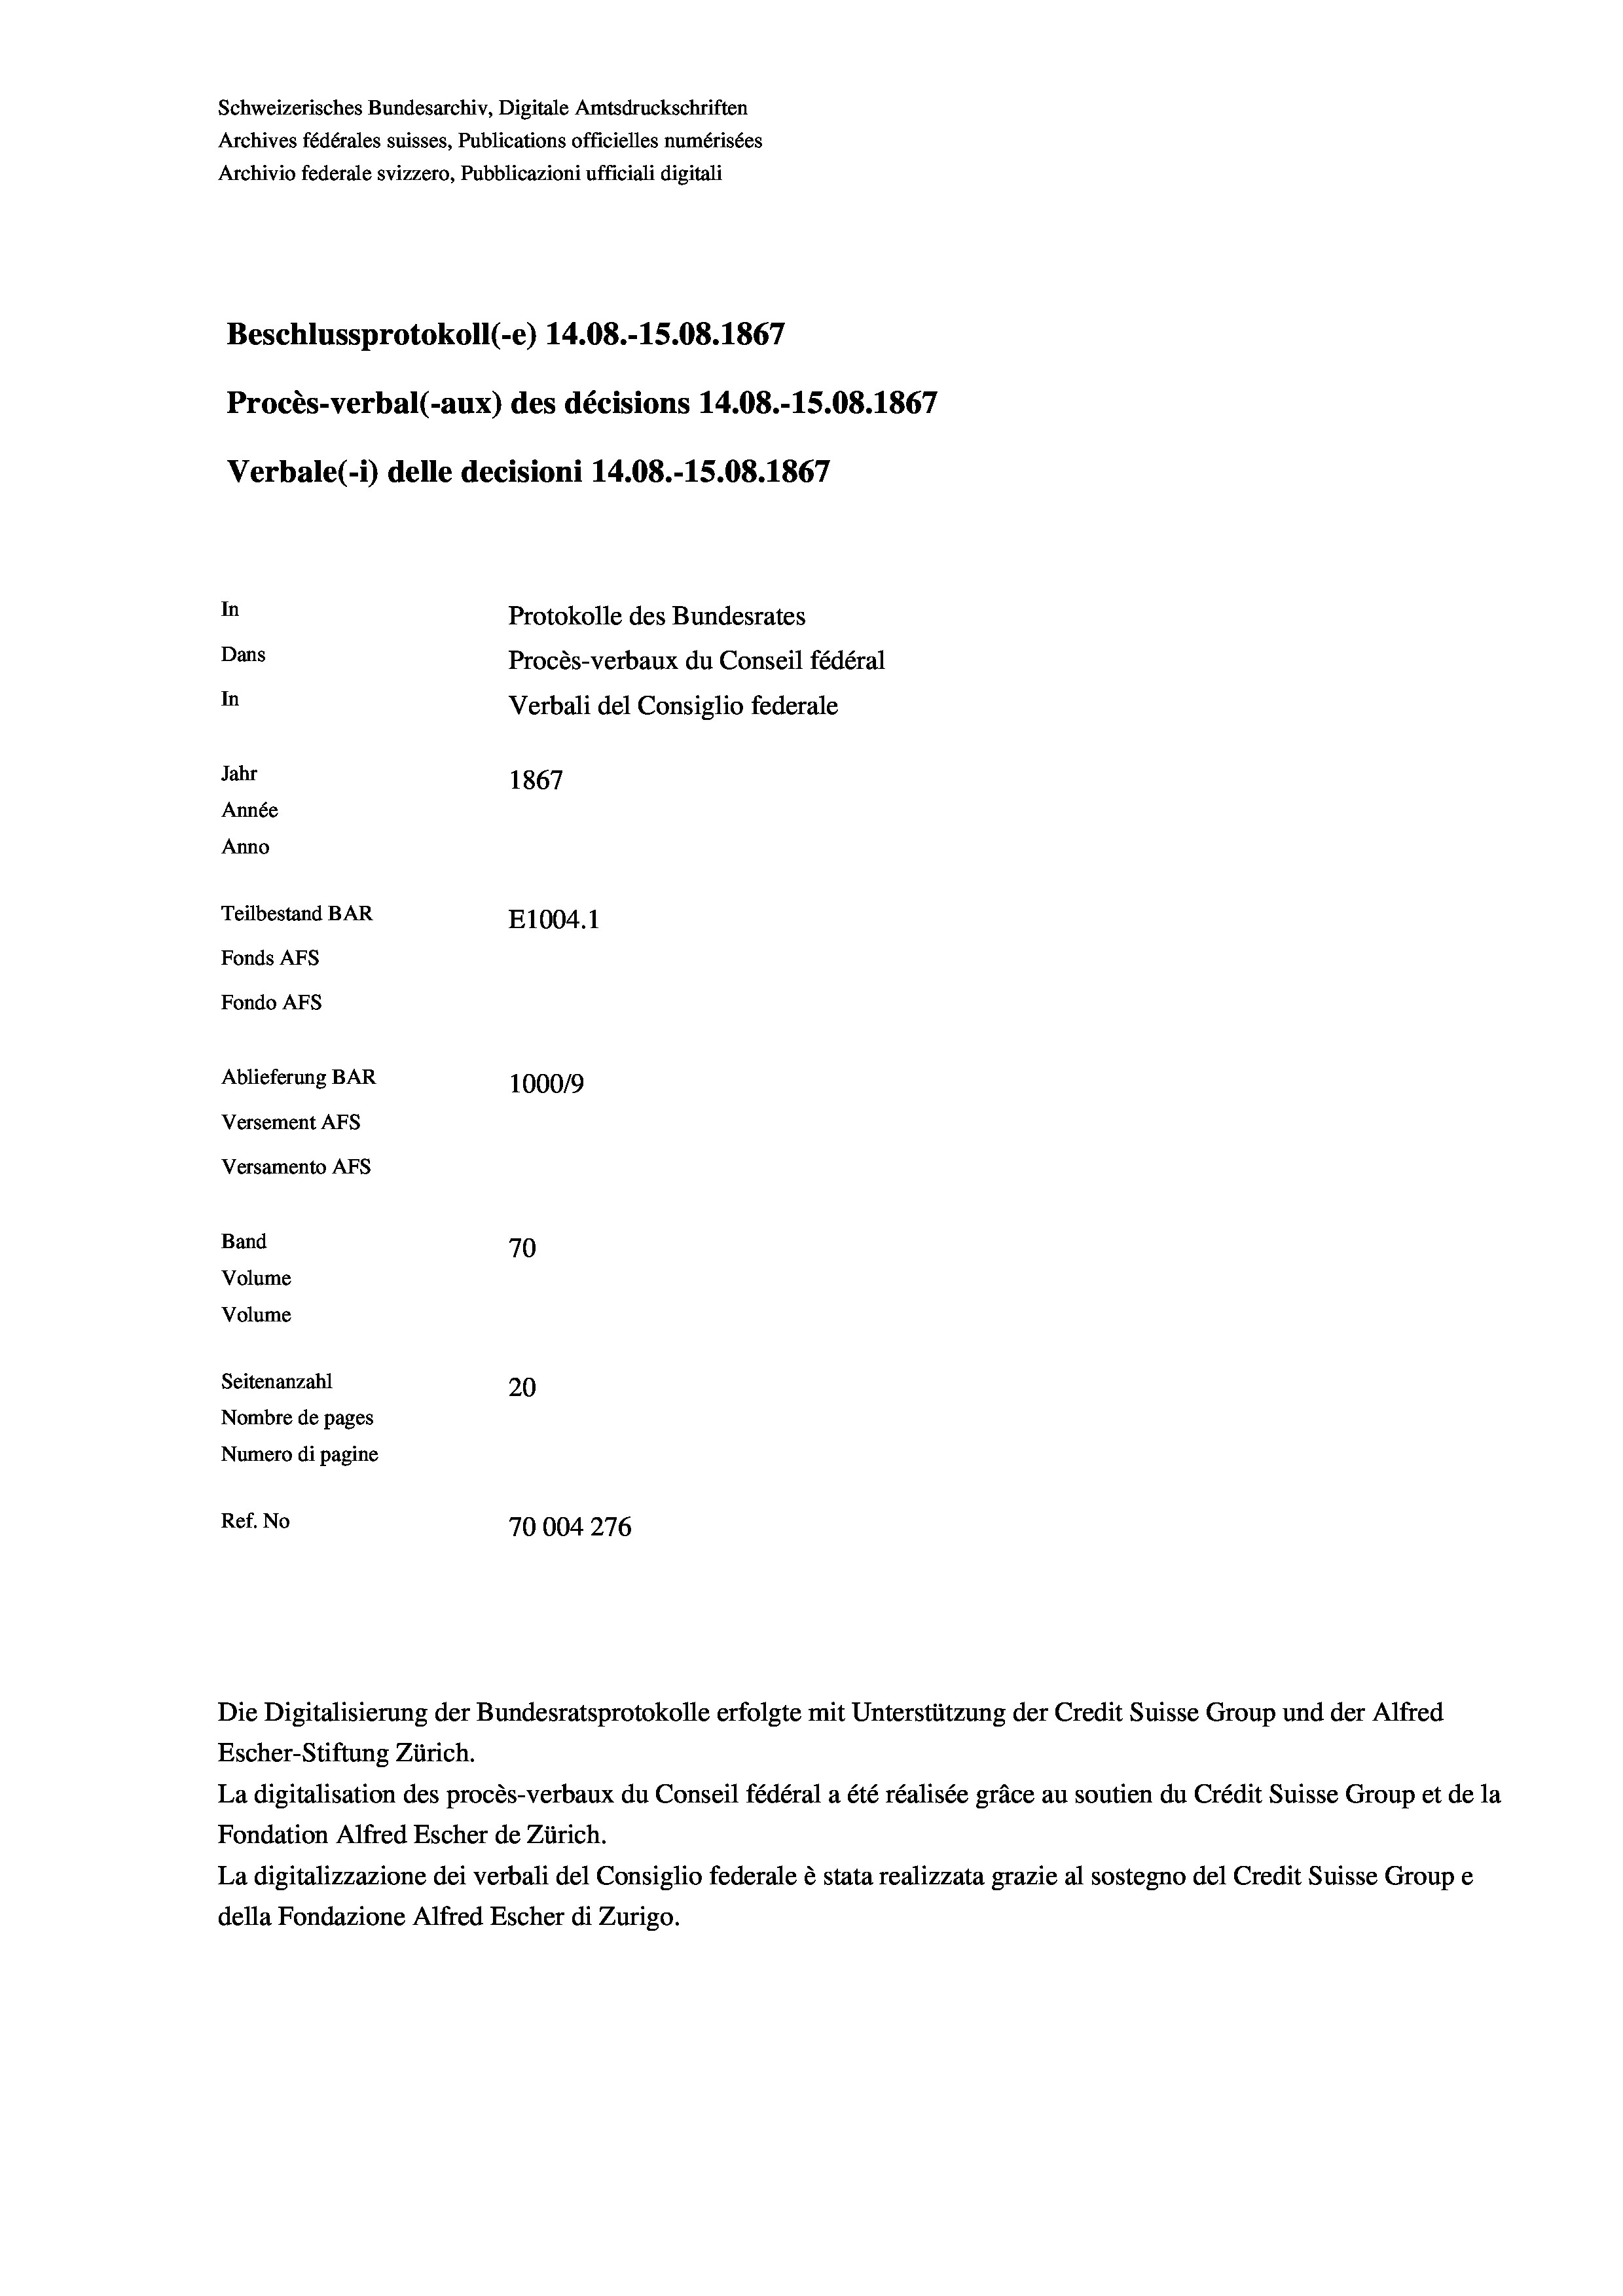
Schweizerisches Bundesarchiv, Digitale Amtsdruckschriften
Archives fédérales suisses, Publications officielles numérisées
Archivio federale svizzero, Pubblicazioni ufficiali digitali
Beschlussprotokoll (e) 14.08.-15.08. 1867
Procès-verbal (-aux) des décisions 14.08.-15.08. 1867
Verbale (1) delle decisioni 14.08.-15.08. 1867
In
Protokolle des Bundesrates
Dans
Procès-verbaux du Conseil fédéral
In
Verbali del Consiglio federale
Jahr
1867
Année
Anno
Teilbestand BAR
E1004.1
Fonds AFs
Fondo Afs
Ablieferung BAR
100019
Versement Ans
Versamento Afs
Band
70
Volume
Volume
Seitenanzahl
20
Nombre de pages
Numero di pagine
Ref. No
70004276

Escher-Stiftung Zürich.
La digitalisation des procès-verbaux du Conseil fédéral a été réalisée gräce au soutien du Crédit Suisse Group et de la
Fondation Alfred Escher de Zürich.
La digitalizzazione dei verbali del Consiglio federale è stata realizzata grazie al sostegno del Credit Suisse Groupe
della Fondazione Alfred Escher di Zurigo.

Die Digitalisierung der Bundesratsprotokolle erfolgte mit Unterstützung der Credit Suisse Group und der Alfred